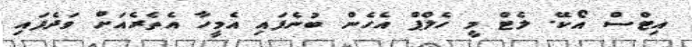
އިޓްސް އޯކޭ. ލެޓް މީ ހެލްޕް އެހެން ބުނެފައި އެމީހާ އެތެރެއަށް ވަދެފައި